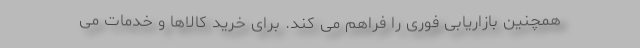
همچنین بازاریابی فوری را فراهم می کند. برای خرید کالاها و خدمات می